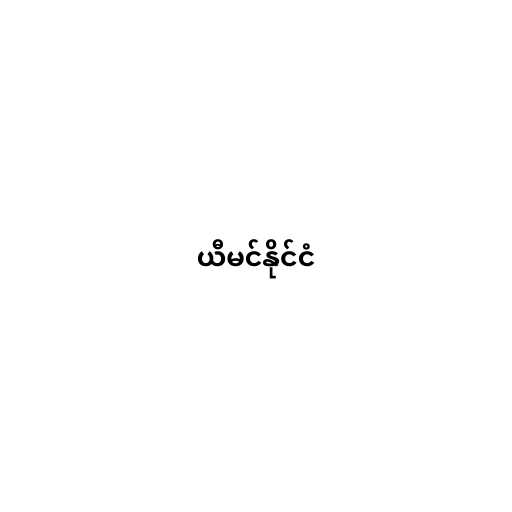
ယီမင်နိုင်ငံ